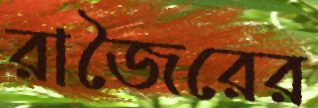
রাজৈরের